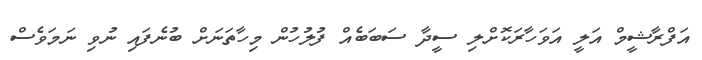
އަފްރާޝީމް އަލީ އަވަހާރަކޮށްލި ސީދާ ސަބަބެއް ފުލުހުން މިހާތަނަށް ބުނެފައި ނުވި ނަމަވެސް